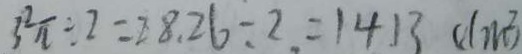
3 ^ { 2 } \pi \div 2 = 2 8 . 2 6 \div 2 = 1 4 1 3 ( d m ^ { 2 } )